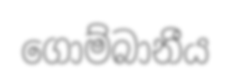
ගොම්බානීය